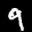
Label: 9